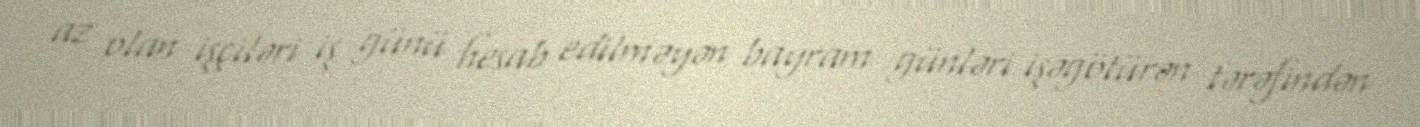
az olan işçiləri iş günü hesab edilməyən bayram günləri işəgötürən tərəfindən